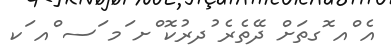
އެ ްއ ޮގތަށް ދޭތެރެ ުދރުކޮ ްށ ަމ ަސ ްއ ަކ